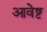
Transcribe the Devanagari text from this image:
आवेष्ट